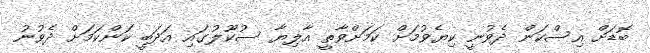
ބޮޑަށް އިސްކަން ދެވުނީ ކިޔެވުމަށް ކަމަށްވާތީ އާލިޔާ ސުކޫލުގައި އަދަބީ ކަންކަމަށް ދެވުނު